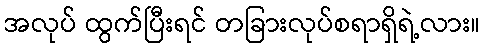
အလုပ် ထွက်ပြီးရင် တခြားလုပ်စရာရှိရဲ့လား။